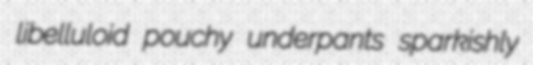
libelluloid pouchy underpants sparkishly